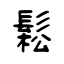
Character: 鬆